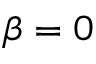
\beta = 0